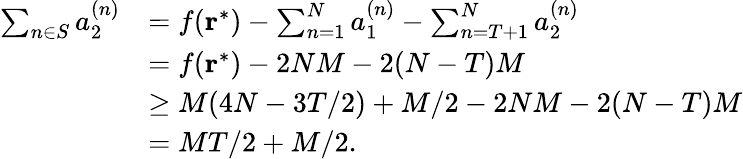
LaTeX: \begin{array}{rl}{\sum_{n\in S}a_{2}^{(n)}}&{=f(\mathbf{r}^{*})-\sum_{n=1}^{N}a_{1}^{(n)}-\sum_{n=T+1}^{N}a_{2}^{(n)}}\\ &{=f(\mathbf{r}^{*})-2NM-2(N-T)M}\\ &{\ge M(4N-3T/2)+M/2-2NM-2(N-T)M}\\ &{=MT/2+M/2.}\end{array}